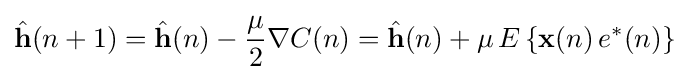
{\hat {\mathbf {h} }}(n+1)={\hat {\mathbf {h} }}(n)-{\frac {\mu }{2}}\nabla C(n)={\hat {\mathbf {h} }}(n)+\mu \,E\left\{\mathbf {x} (n)\,e^{*}(n)\right\}